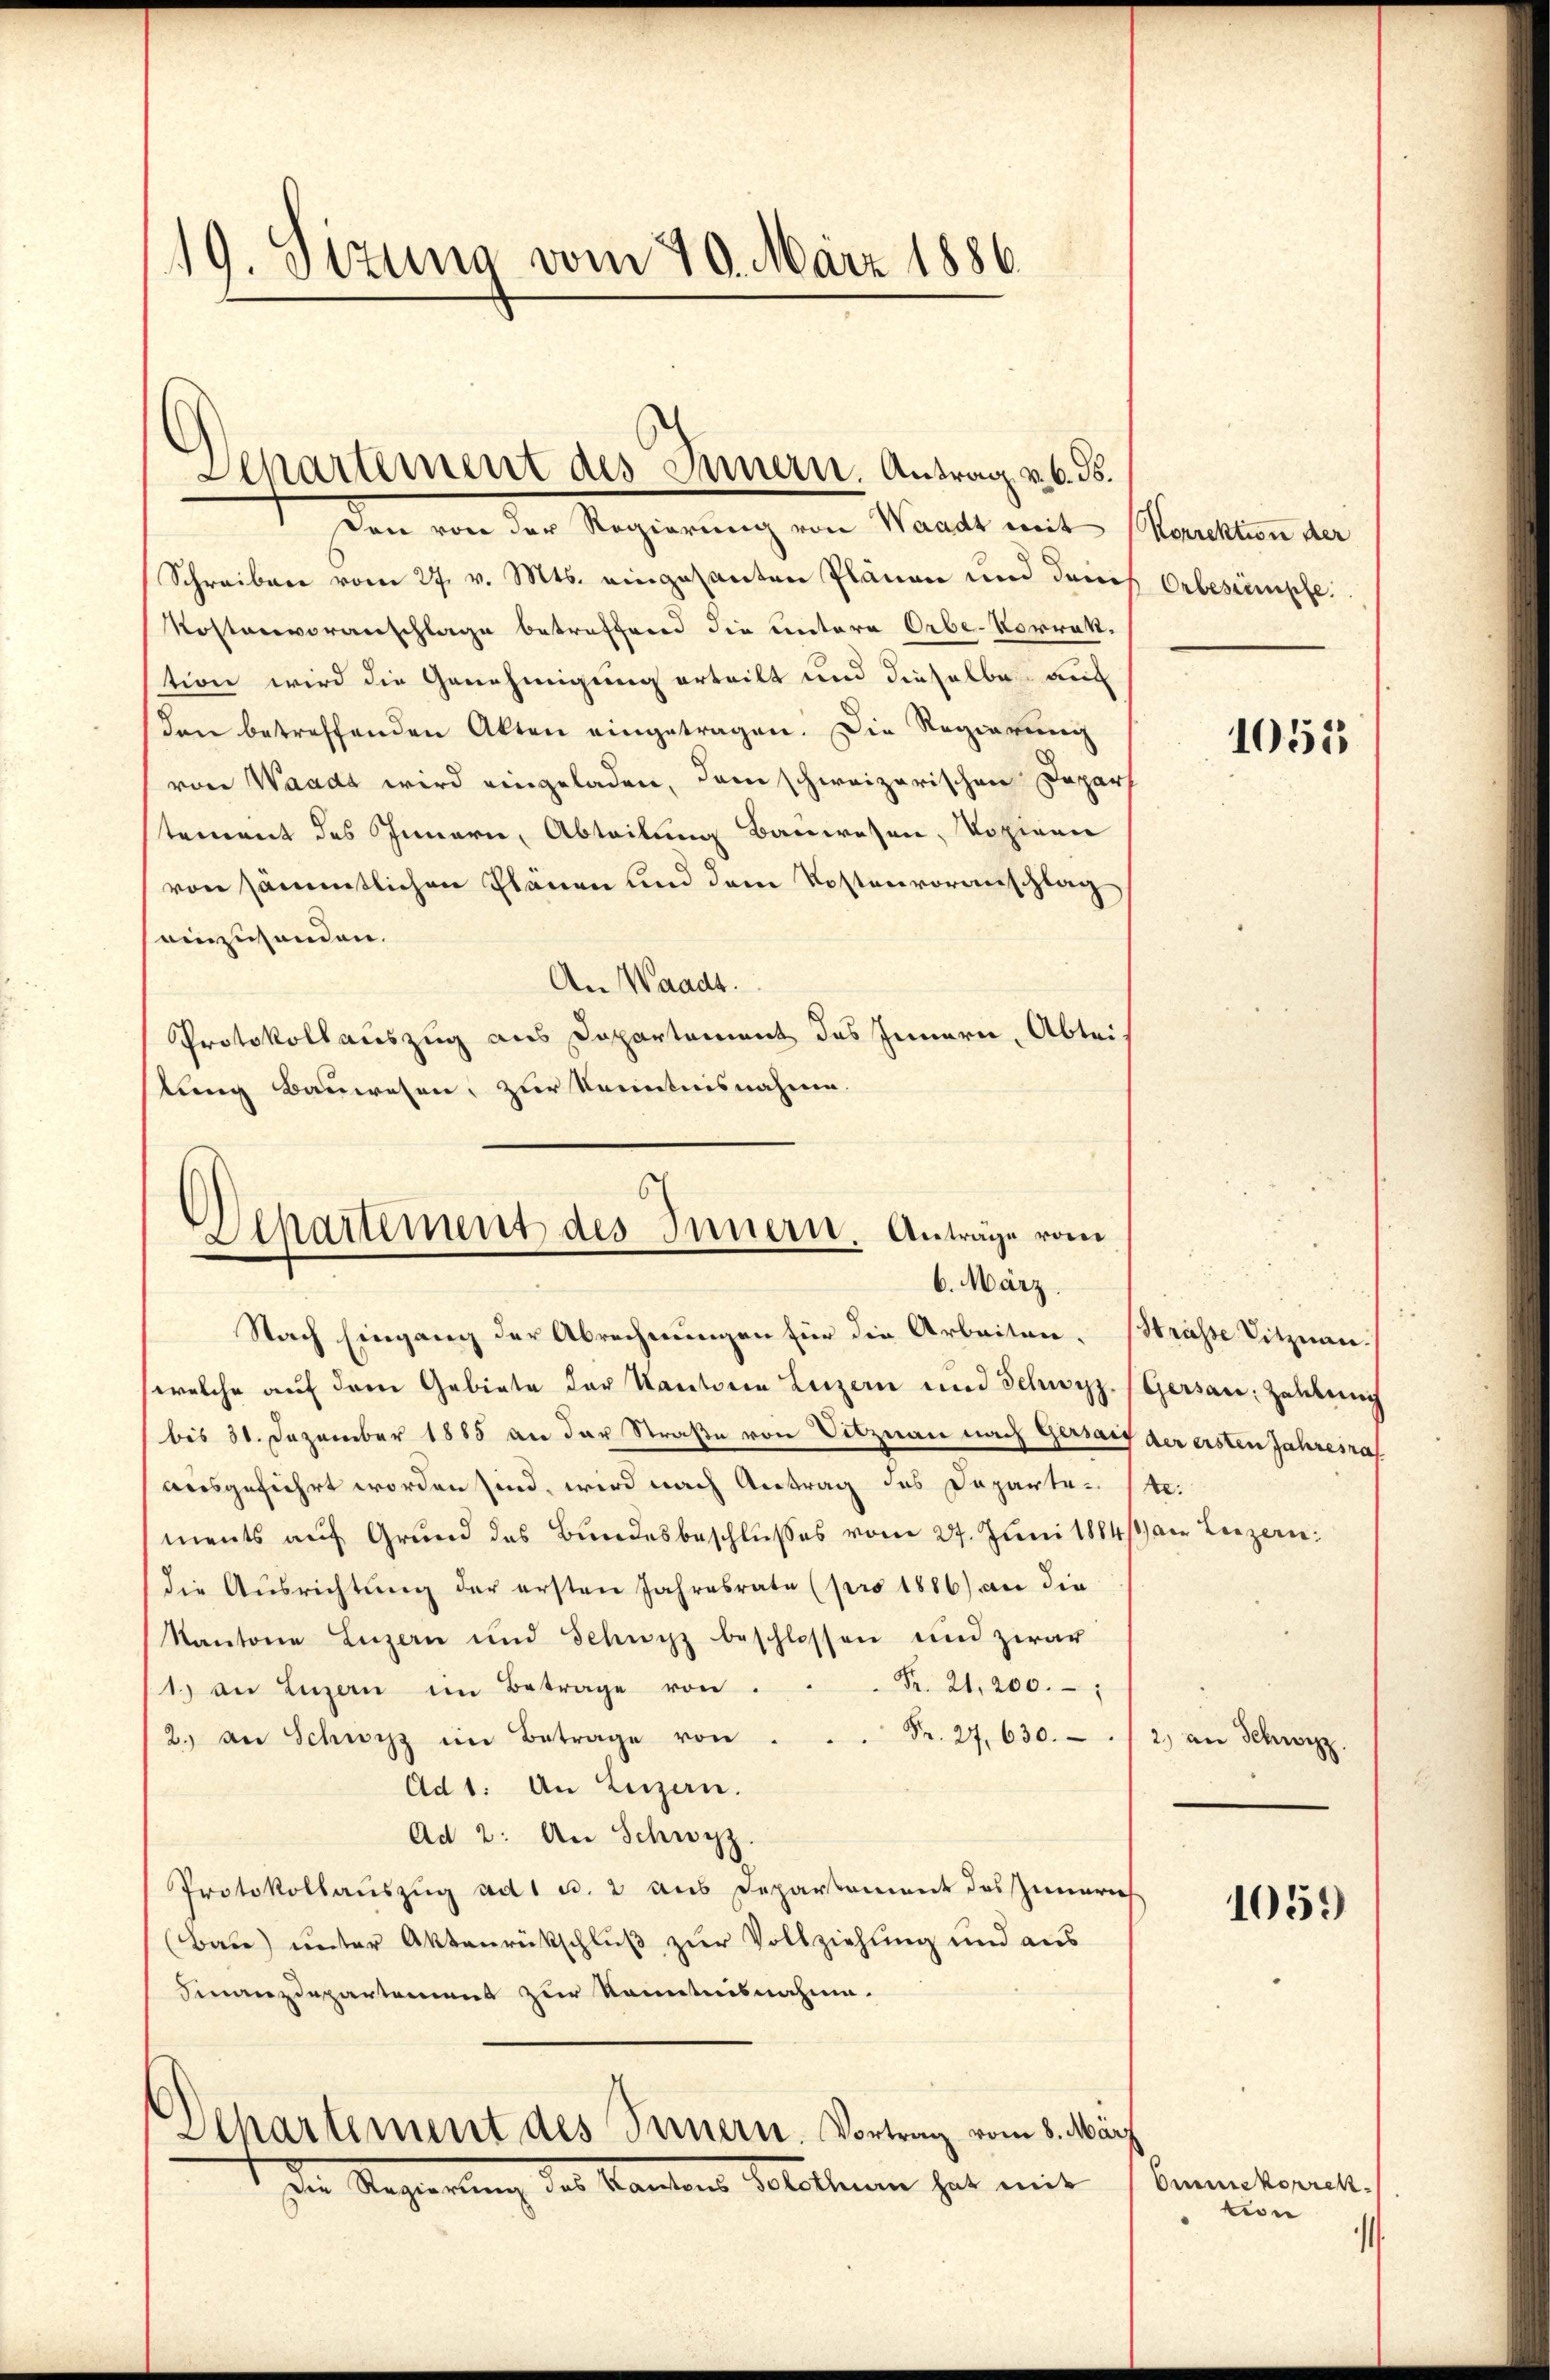
19. Sizung vom 20. März 1886

Departement des Innern. Antrag v. 6. ds.

son von der Regierung von Waadt mit Korrektion der
Schreiben vom 27. v. Mts. eingesanten Plänen und dem
Mostenvoranschlage betreffend die Untere Orbe-Vorraktion wird die Genehmigung erteilt und dieselben auf
den betreffenden Akten eingetragen. Die Regierung
von Waadt wird eingeladen, dem schweizerischen Depar
stement des Innern, Abteilung Bauwesen, Vozigen
von sämmtlichen Plänen und dem Kostenvoranschlag
einzuhanden.
An Waadt.
Protokollauszug aus Departement des Innern, Abteilung Bauwesen, zur Kenntnisnahme.

Sipartement des Innern. Anträge vom
6. März

Nach Eingang der Abrechnungen für die Arbeiten. Strasse Vitznau-
welche auf dem Gebiete der Kantoria Luzern und Schwyz. (Gersau: Zalleich
(bis 31. Dezember 1885 an der Straße von Vitznau nach Gersatz der ersten Jahresra
ausgeführt worden sind, wird nach Antrag des Departete:
ments auf Grund des Bundesbeschlußes vom 27. Juni 1884/8) am Luzern:
die Aŭsrichtŭng der ersten Jahresrate (pro 1886) an die
Kantone Luzern und Schwyz beschlossen und zwar
Fr. 21. 200.
1. an Luzern im Betrage von
2.) an Schwyz im Betrage von
 Fr. 27. 630.- 2) an Schwyz.
Ad 1. An Luzern.
Ad 2: An Schwyz.
Protokollauszug ad 1 u. 2 aus Departement des Zumerich
(Babe) unter Aktenrückschluß zur Vollziehung und aus
Finanzdepartement zur Kenntnisnahme.
Aepartement des Innern. Vortrag vom 8. März
Der Regierung des Kantons Solothurn hat mit

Orbesumpfe.

1055

105)

Omkorrektion

¬